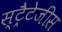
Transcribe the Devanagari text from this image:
स्ट्रैटेजीस